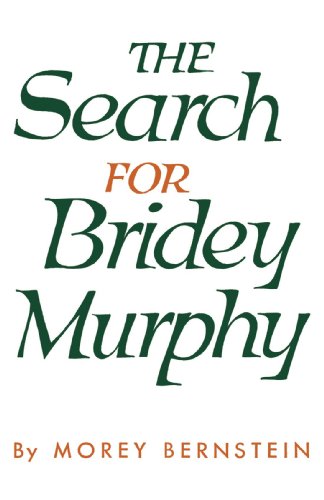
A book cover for The Search for Bridey Murphy; Morey Bernstein; Medical Books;